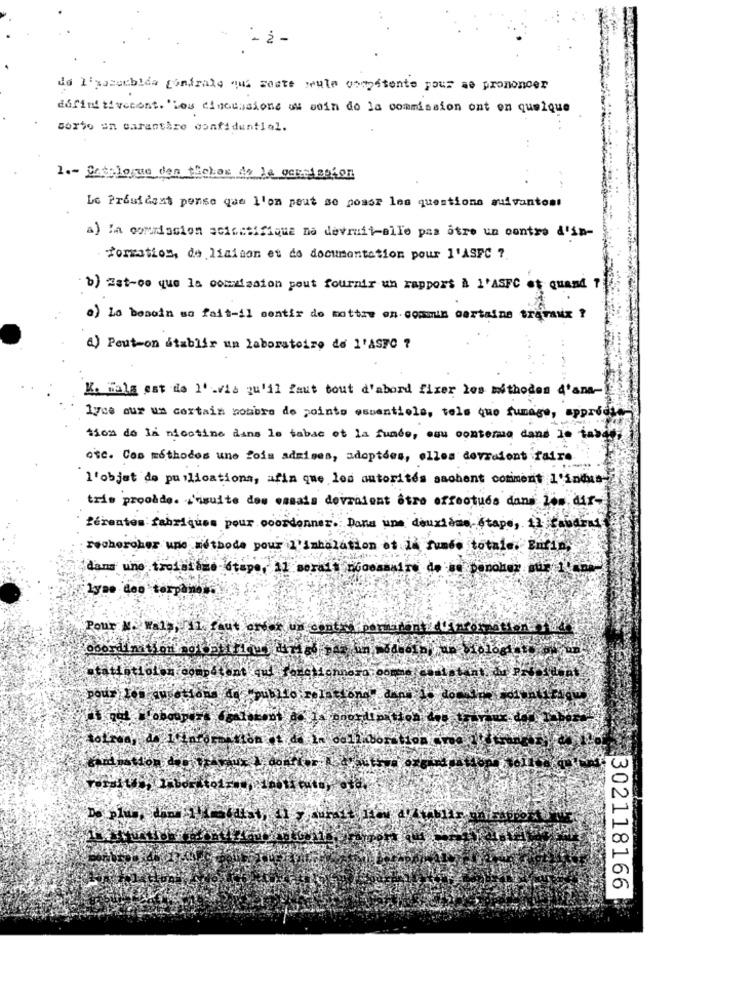
de l'gazebida contrato qui seate meule orepatente pour se prononcer
définitivecont. "Les discussions ou sein de la commission ont on quelque
sorto un garantire confidential.
1 .- Catalogue den tichos de la occulacion
Le President pense que l'on peut se possa les questions suivantost
a) la commission scientifique na devrait-alle pas être un contro d'in-
formation, de liaison et do documentation pour l'ASFC ?
b) Est-ce que la comelasion pout fournir un rapport à l'ASFC et quand ?
a) Lo besoin se fait-il mentir de mettre en commis certains travaux ?
a) Peut-on atablir un laboratoire de l'ASTO ?
K. Wala est de l' via qu'il faut tout d'abord fixer les méthodes d'ama-
lyce our un certain nombre de points essentiels, tels que fumage, apprecio
tion de la nicotine dans le tabac et la fundo, eu conterma dans le tabac.
osc. Ces methodes une fois admises, adoptees, elles devraient faire
l'objet de publications, afin que les autorités sachent comment l'indua-
tris prooddo. 'ssuite des essais devraient être effectués dans Les dir-
ferentes fabriques pour coordonner. Dans une deuxième Stape, il faudras
rechercher une méthode pour l'inhalation at la fumée totale. Enfin,
dans une troisième-dtape, il serait necessaire de wo panoher aur 1 -nes
Lyse deo torpandt.
Pour N. Wals, il faut erver un contas porananti du aromaation
statisticien comp4tant qu feneMennorg.
pour les qusetiana 48 "public relations dann
302118166